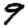
Digit: 9